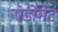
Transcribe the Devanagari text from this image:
एंडोमेंट